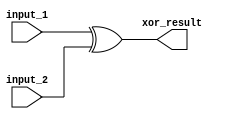
module xor_gate
(
	input_1,
	input_2,
	xor_result
);

	input input_1;
	input input_2;
	output xor_result;

	assign xor_result = input_1 ^ input_2;

endmodule